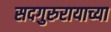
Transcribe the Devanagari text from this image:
सदगुरुरायाच्या